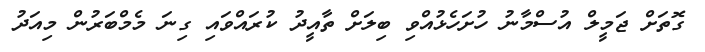
ގޮތަށް ޖަމީލް އުސްމާނު ހުށަހެޅުއްވި ބިލަށް ތާއީދު ކުރައްވައި ގިނަ މެމްބަރުން މިއަދު